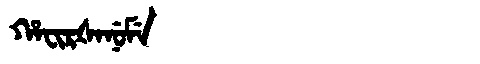
Manchu: ᡥᠠᠸᡳᡵᡧᠠᠨᡠᠮᡝ
Romanization: HAFIRŠANUME